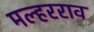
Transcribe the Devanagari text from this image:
मल्हरराव